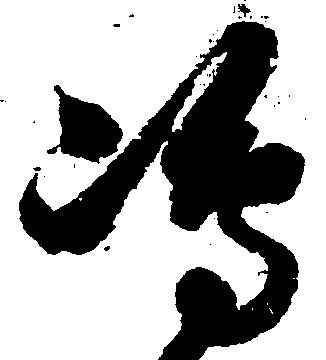
嶋